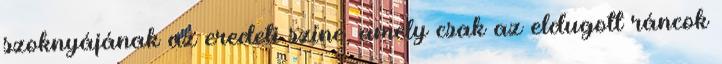
szoknyájának az eredeti színe, amely csak az eldugott ráncok